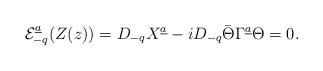
LaTeX: \begin{align*}{\cal E}_{-q}^{\underline a}(Z(z))=D_{-q} X^{\underline a}-iD_{-q}\bar\Theta\Gamma^{\underline a}\Theta =0.\end{align*}